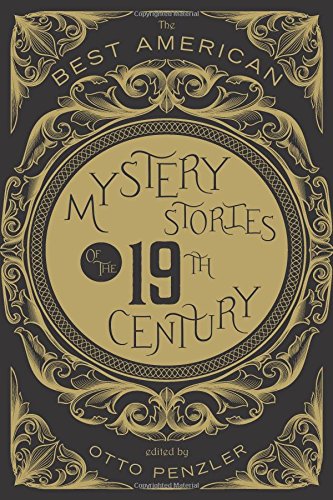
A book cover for The Best American Mystery Stories of the Nineteenth Century; Otto Penzler; Mystery, Thriller & Suspense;